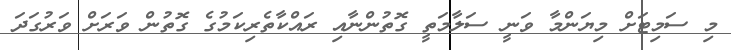
މި ސަމިޓަށް މިޔަންމާ ވަނީ ސަލާމަތީ ގޮތުންނާއި ރައްކާތެރިކަމުގެ ގޮތުން ވަރަށް ވަރުގަދަ